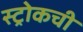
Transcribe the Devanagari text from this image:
स्ट्रोकची